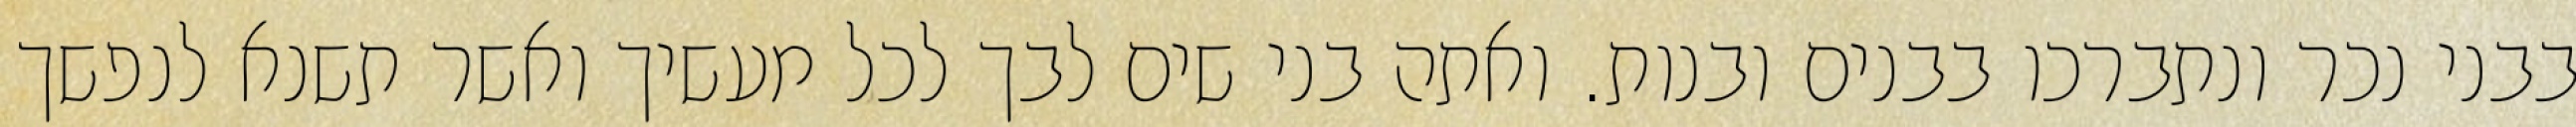
בבני נכר ונתברכו בבנים ובנות. ואתה בני שים לבך לכל מעשיך ואשר תשנא לנפשך